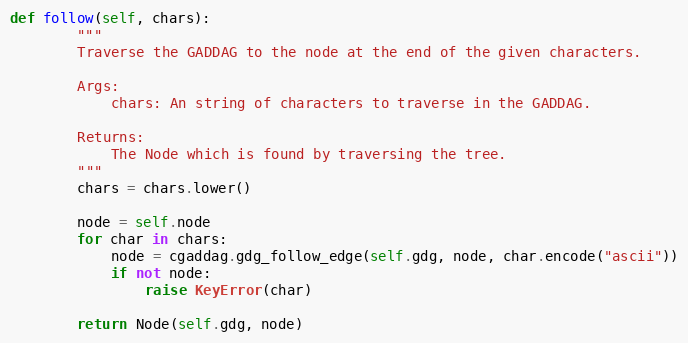
Language: Python
def follow(self, chars):
        """
        Traverse the GADDAG to the node at the end of the given characters.

        Args:
            chars: An string of characters to traverse in the GADDAG.

        Returns:
            The Node which is found by traversing the tree.
        """
        chars = chars.lower()

        node = self.node
        for char in chars:
            node = cgaddag.gdg_follow_edge(self.gdg, node, char.encode("ascii"))
            if not node:
                raise KeyError(char)

        return Node(self.gdg, node)